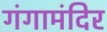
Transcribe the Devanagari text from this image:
गंगामंदिर